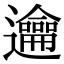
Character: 𨙄